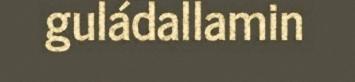
guládallamin